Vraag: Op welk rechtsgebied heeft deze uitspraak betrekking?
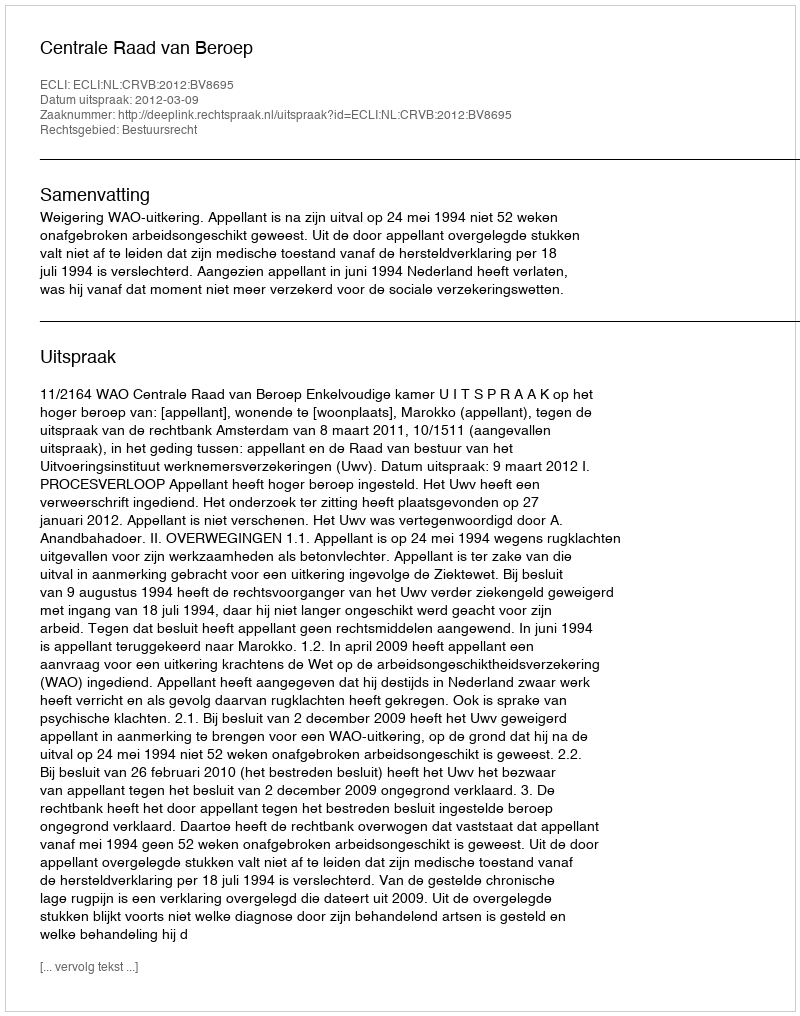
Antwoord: Bestuursrecht